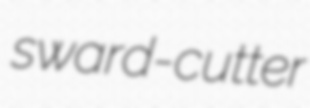
sward-cutter